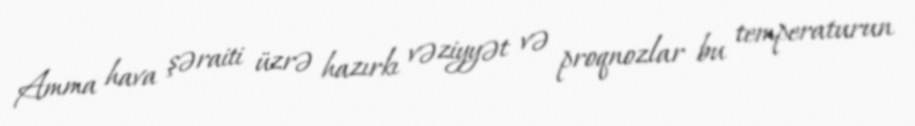
Amma hava şəraiti üzrə hazırkı vəziyyət və proqnozlar bu temperaturun